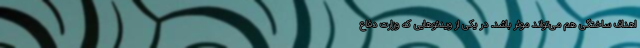
اهداف ساختگی هم می‌تواند موثر باشد. در یکی از ویدئوهایی که وزارت دفاع